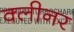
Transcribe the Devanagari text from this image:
क्‍लीनर